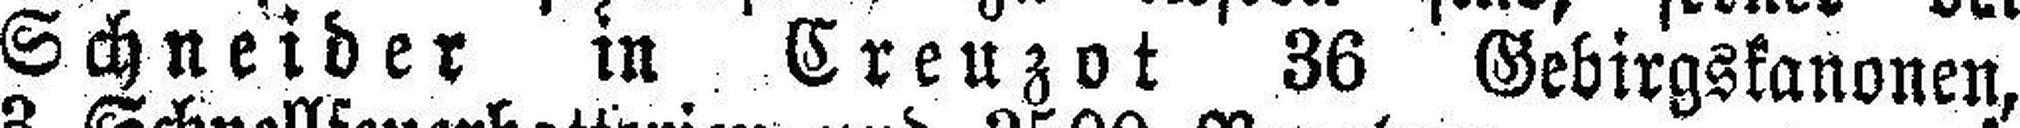
Schneider in Creuzot 36 Gebirgskanonen,